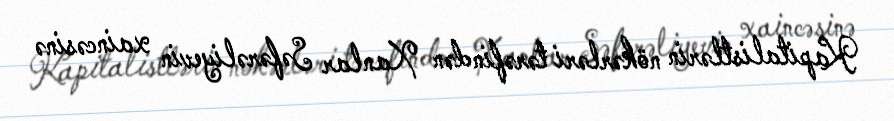
Kapitalistlərin nökərləri tərəfindən Xanlar Səfərəliyevin xaincəsinə